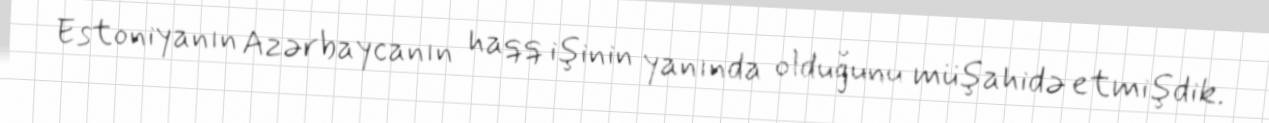
Estoniyanın Azərbaycanın haqq işinin yanında olduğunu müşahidə etmişdik.